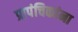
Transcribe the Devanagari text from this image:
प्रापंचिकांना